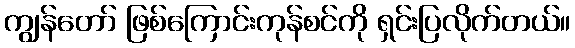
ကျွန်တော် ဖြစ်ကြောင်းကုန်စင်ကို ရှင်းပြလိုက်တယ်။